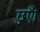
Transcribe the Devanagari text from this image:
छुएँ।